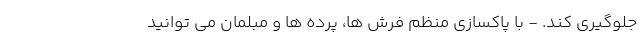
جلوگیری کند. - با پاکسازی منظم فرش ها، پرده ها و مبلمان می توانید